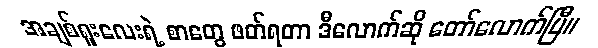
အချစ်ရူးလေးရဲ့ စာတွေ ဖတ်ရတာ ဒီလောက်ဆို တော်လောက်ပြီ။